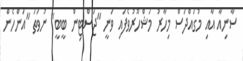
ސާނިއާ އާއި މުގައްދަސް މިހާރު މަޝްހޫރުވެފައި ވަނީ "ޖަސްޓިން ބީބީ" ނުވަތަ "އަންހެން